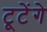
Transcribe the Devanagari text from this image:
टूटेंगे